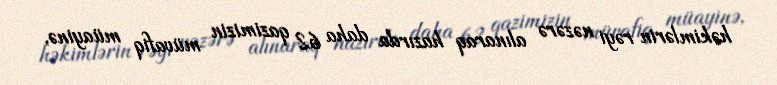
həkimlərin rəyi nəzərə alınaraq hazırda daha 62 qazimizin müvafiq müayinə,